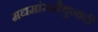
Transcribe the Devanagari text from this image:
मद्यमांसमैथुनादी